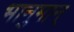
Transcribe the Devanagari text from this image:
भानुमान्